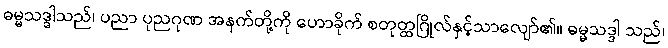
ဓမ္မသဒ္ဒါသည်၊ ပညာ ပုညဂုဏ အနက်တို့ကို ဟောခိုက် စတုတ္ထဂြိုလ်နှင့်သာလျော်၏။ ဓမ္မသဒ္ဒါ သည်၊